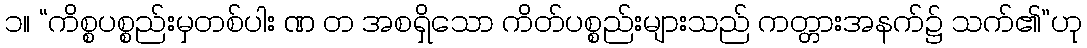
၁။ “ကိစ္စပစ္စည်းမှတစ်ပါး ဏ တ အစရှိသော ကိတ်ပစ္စည်းများသည် ကတ္တားအနက်၌ သက်၏”ဟု